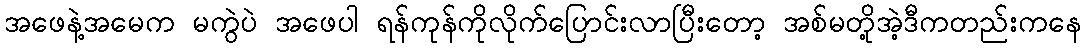
အဖေနဲ့အမေက မကွဲပဲ အဖေပါ ရန်ကုန်ကိုလိုက်ပြောင်းလာပြီးတော့ အစ်မတို့အဲ့ဒီကတည်းကနေ